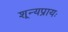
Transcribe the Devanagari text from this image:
शून्यप्रायः